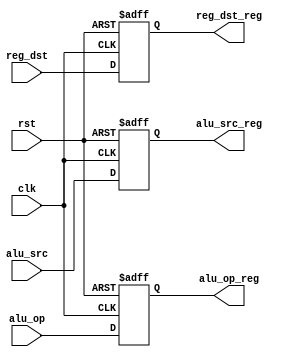
`timescale 1ns / 1ps
//////////////////////////////////////////////////////////////////////////////////
// Company: 
// Engineer: 
// 
// Design Name: 
// Module Name:    latch_ex 
// Project Name: 
// Target Devices: 
// Tool versions: 
// Description: 
//
// Dependencies: 
//
// Revision: 
// Revision 0.01 - File Created
// Additional Comments: 
//
//////////////////////////////////////////////////////////////////////////////////
module latch_ex(
    input clk,
	 input rst,
	 input alu_src,
    input [5:0] alu_op,
    input reg_dst,
    output reg alu_src_reg,
    output reg [5:0] alu_op_reg,
    output reg reg_dst_reg
    );

	always @(posedge clk or posedge rst) begin
		if (rst == 1) begin
			alu_src_reg	<= 0;
			alu_op_reg 	<= 0;
			reg_dst_reg <= 0;
		end
		else begin
			alu_src_reg	<= alu_src;
			alu_op_reg 	<= alu_op;
			reg_dst_reg <= reg_dst;
		end
	end

endmodule